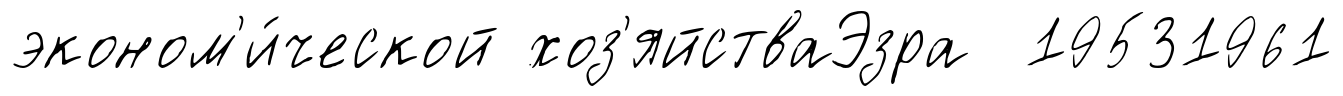
эконом'и́ческой хоз'яйстваЭзра 19531961